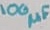
Text: 100µF